Civil Veterinary Dept. Bombay admin report 1893-99 - 1893-1899
Year: 1893
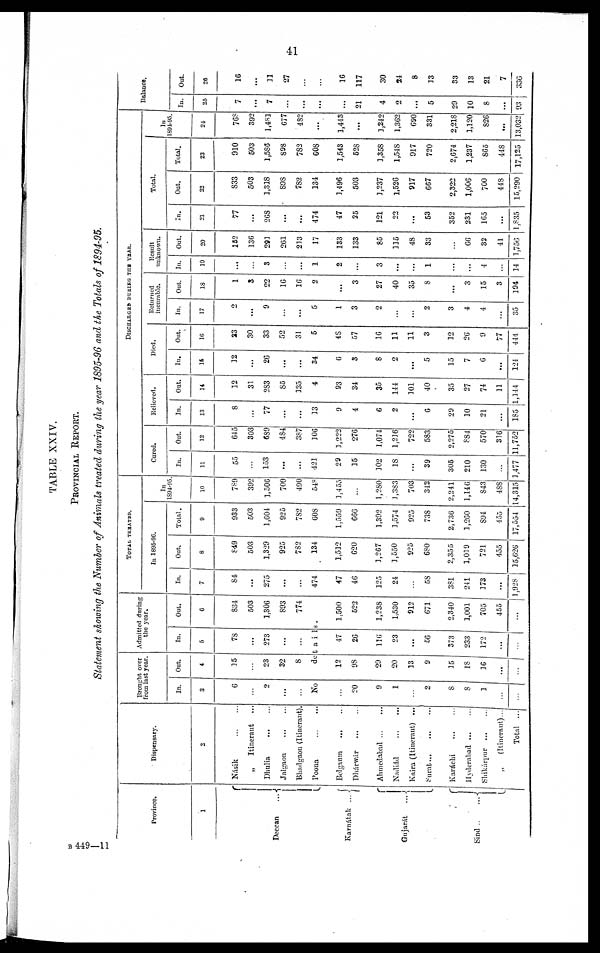
41
TABLE XXIV.
PROVINCIAL REPORT.
Statement showing the Number of Animals treated during the year 1895-96 and the Totals of 1894-95.
Province.
1
Deccan
...
Karnátak ...
Gujarát
...
Sind
...
Dispensary.
2
Násik
...
...
„
Itinerant ...
Dhulia
...
...
Jalgaon ... ...
Bhadgaon (Itinerant).
Poona
...
...
Belgaum ... ...
Dhárwár ... ...
Ahmedabad ... ...
Nadiád
...
...
Kaira (Itinerant) ...
Surat
...
...
...
Karáchi
...
...
Hyderabad ... ...
Shikárpur ... ...
„
(Itinerant)...
Total ...
Brought over
from last year.
In.
3
6
...
2
...
...
Out.
4
15
...
23
32
8
Admitted during
the year.
In.
5
78
...
273
...
...
Out.
6
834
503
1,306
893
774
No
details.
...
20
9
1
...
2
8
8
1
...
...
12
98
29
20
13
9
15
18
16
...
...
47
26
116
23
...
56
373
233
172
...
...
1,500
522
1,238
1,530
912
671
2,340
1,001
705
455
...
TOTAL TRBATED.
In 1895-96.
In.
7
84
...
275
...
...
474
47
46
125
24
...
58
381
241
173
...
1,928
Out.
8
849
503
1,329
925
782
134
1,512
620
1,267
1,550
925
680
2,355
1,019
721
455
15,626
Total.
9
933
503
1,604
925
782
608
1,559
666
1,392
1,574
925
738
2,736
1,260
894
455
17,554
In
1894-95
10
789
392
1,506
709
490
548
1,455
...
1,280
1,383
703
342
2,241
1,146
843
488
14,315
DISCHARGED DURING THE YEAR.
Cured.
In.
11
55
...
153
...
...
421
29
15
102
18
...
39
305
210
130
...
1,477
Out.
12
645
303
689
484
387
106
1,222
276
1,074
1,216
722
583
2,275
884
570
316
11,752
Relieved.
In.
13
8
...
77
...
...
13
9
4
6
2
...
6
29
10
21
...
185
Out.
14
12
31
283
85
135
4
93
34
35
144
101
40
35
27
74
11
1,144
Died.
In.
15
12
...
26
...
...
34
6
3
8
2
...
5
15
7
6
...
124
Out.
16
23
30
33
52
31
5
48
57
16
11
11
3
12
26
9
77
444
Returned
incurable.
In.
17
2
...
9
...
...
5
1
3
2
...
...
2
3
4
4
...
35
Out.
18
1
3
22
16
16
2
...
3
27
40
35
8
...
3
15
3
194
Result
unknown.
In.
19
...
...
3
...
...
1
2
...
3
...
...
1
...
...
4
...
14
Out.
20
152
136
291
261
213
17
133
133
85
115
48
33
...
66
32
41
1,756
Total.
In.
21
77
...
268
...
...
474
47
25
121
22
...
53
352
231
165
...
1,835
Out.
22
833
503
1,318
898
782
134
1,496
503
1,237
1,526
917
667
2,322
1,006
700
448
15,290
Total.
23
910
503
1,586
898
782
608
1,543
528
1,358
1,548
917
720
2,674
1,237
865
448
17,125
In
1894-95.
24
768
392
1,481
677
482
...
1,443
...
1,242
1,362
690
331
2,218
1,120
826
...
13,032
Balance.
In.
25
7
...
7
...
...
...
...
21
4
9
...
5
29
10
8
...
93
Out.
26
16
...
11
27
...
...
16
117
30
24
8
13
33
13
21
7
336
B 449—11